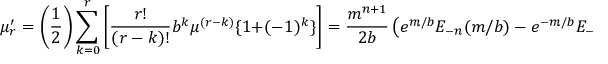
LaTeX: \mu _ { r } ^ { \prime } = { \bigg ( } { \frac { 1 } { 2 } } { \bigg ) } \sum _ { k = 0 } ^ { r } { \bigg [ } { \frac { r ! } { ( r - k ) ! } } b ^ { k } \mu ^ { ( r - k ) } \{ 1 + ( - 1 ) ^ { k } \} { \bigg ] } = { \frac { m ^ { n + 1 } } { 2 b } } \left( e ^ { m / b } E _ { - n } ( m / b ) - e ^ { - m / b } E _ { - n } ( - m / b ) \right)